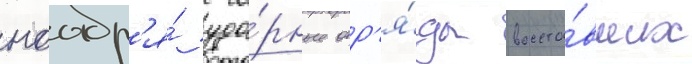
ноабр'я́ уда́рные отр'я́ды восста́вших